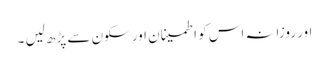
اور روزانہ اس کو اطمینان اور سکون سے پڑھ لیں ۔